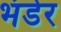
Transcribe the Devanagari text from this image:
भंडेर